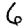
Digit: 6